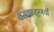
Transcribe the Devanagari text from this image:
बसवापट्टणची